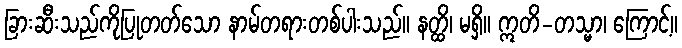
ခြားဆီးသည်ကိုပြုတတ်သော နာမ်တရားတစ်ပါးသည်။ နတ္ထိ၊ မရှိ။ ဣတိ-တသ္မာ၊ ကြောင့်။